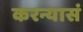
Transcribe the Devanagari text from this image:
करन्यासं